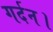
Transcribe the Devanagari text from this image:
गर्दन।